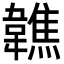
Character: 𩏢